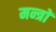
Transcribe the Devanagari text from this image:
मन्त्राें